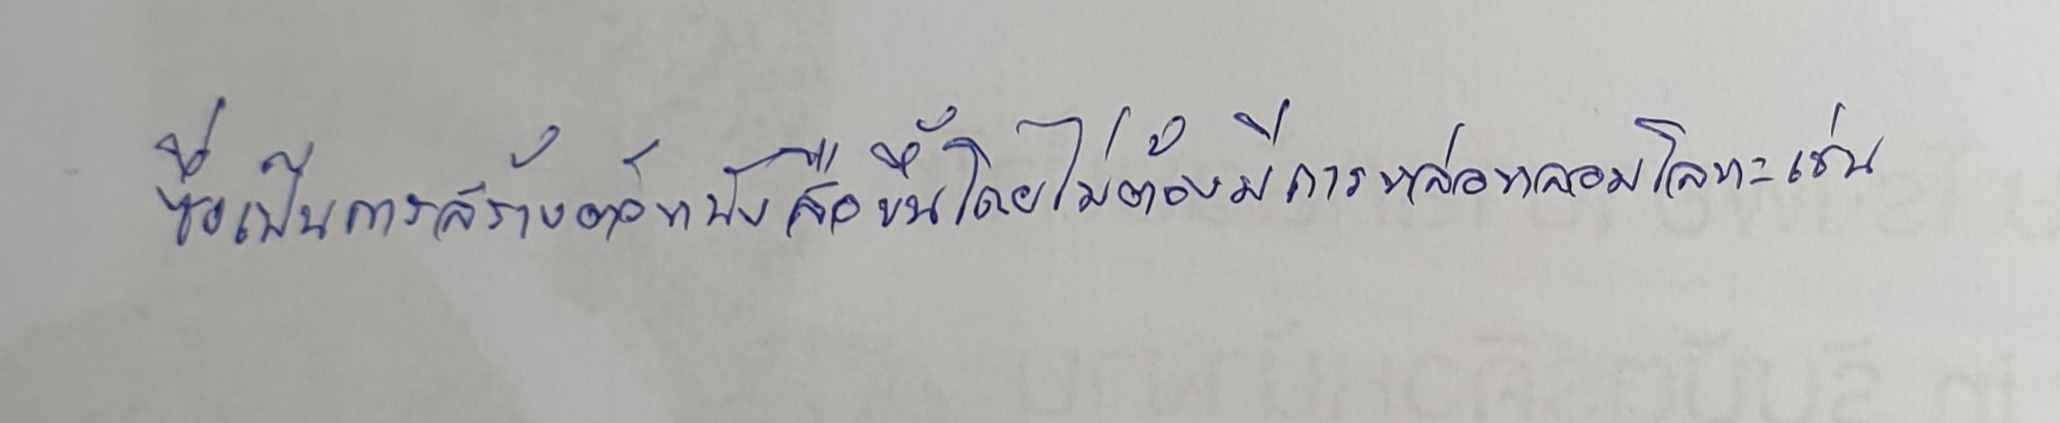
ซึ่งเป็นการสร้างตัวหนังสือขึ้นโดยไม่ต้องมีการหล่อหลอมโลหะเช่น